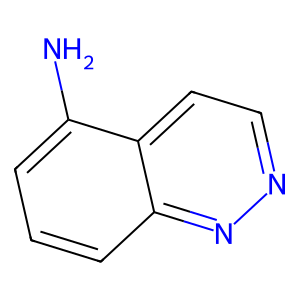
SMILES: Nc1cccc2nnccc12
Inhibits HIV replication: No